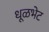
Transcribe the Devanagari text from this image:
धूळभेट